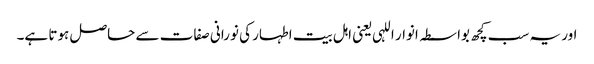
اور یہ سب کچھ بواسطہ انوار اللہی یعنی اہل بیت اطہار کی نورانی صفات سے حاصل ہوتا ہے۔